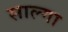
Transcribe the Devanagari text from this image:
साल्गा